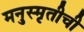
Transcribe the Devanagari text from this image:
मनुस्मृतीची